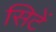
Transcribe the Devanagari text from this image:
सिटें